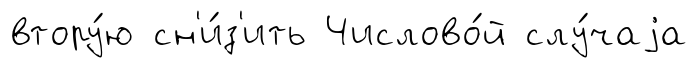
втору́ю сн'и́з'ить Числово́й слу́чаjа